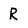
Character: R